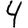
Digit: 4